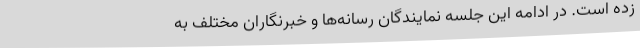
زده است. در ادامه این جلسه نمایندگان رسانه‌ها و خبرنگاران مختلف به